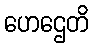
ဟေဌေတိ